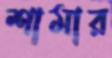
শামার